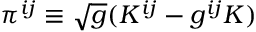
\pi ^ { i j } \equiv \sqrt { g } ( K ^ { i j } - g ^ { i j } K )